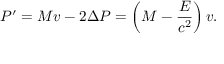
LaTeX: P ^ { \prime } = M v - 2 \Delta P = \left( M - { \frac { E } { c ^ { 2 } } } \right) v .